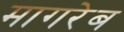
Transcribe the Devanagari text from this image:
मागरेब